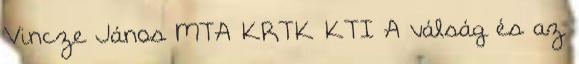
Vincze János MTA KRTK KTI A válság és az